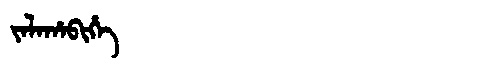
Manchu: ᠵᠠᠯᠠᡥᠠᠪᡳᡥᡝ
Romanization: JALAHABIHE